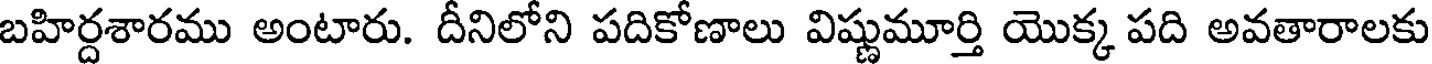
బహిర్దశారము అంటారు. దీనిలోని పదికోణాలు విష్ణుమూర్తి యొక్క పది అవతారాలకు